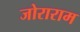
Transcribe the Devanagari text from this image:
जोराराम